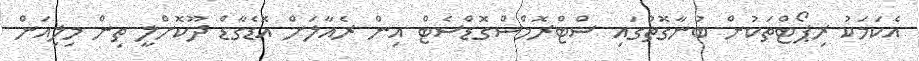
އެކަމަކު ރިޕޯޓްތަކުން ބުނާގޮތުގައި ސްޓްރޮމްސްގޮޑްސެޓް އިން ރެއާލަށް އޮޑެގާޑް ދޫކޮށްލީ ތިން މިލިއަން